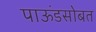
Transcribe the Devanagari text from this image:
पाऊंडसोबत